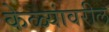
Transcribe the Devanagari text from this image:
केळ्यांवरील